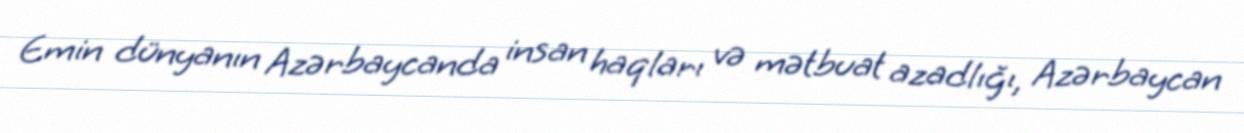
Emin dünyanın Azərbaycanda insan haqları və mətbuat azadlığı, Azərbaycan